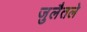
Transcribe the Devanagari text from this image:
जुलैतले